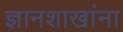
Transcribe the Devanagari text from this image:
ज्ञानशाखांना